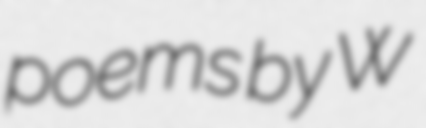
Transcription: poems by W